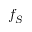
f _ { S }